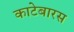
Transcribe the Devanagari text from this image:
काटेबारस